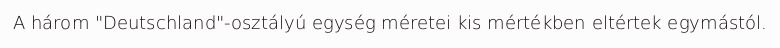
A három "Deutschland"-osztályú egység méretei kis mértékben eltértek egymástól.